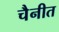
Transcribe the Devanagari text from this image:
चैनीत